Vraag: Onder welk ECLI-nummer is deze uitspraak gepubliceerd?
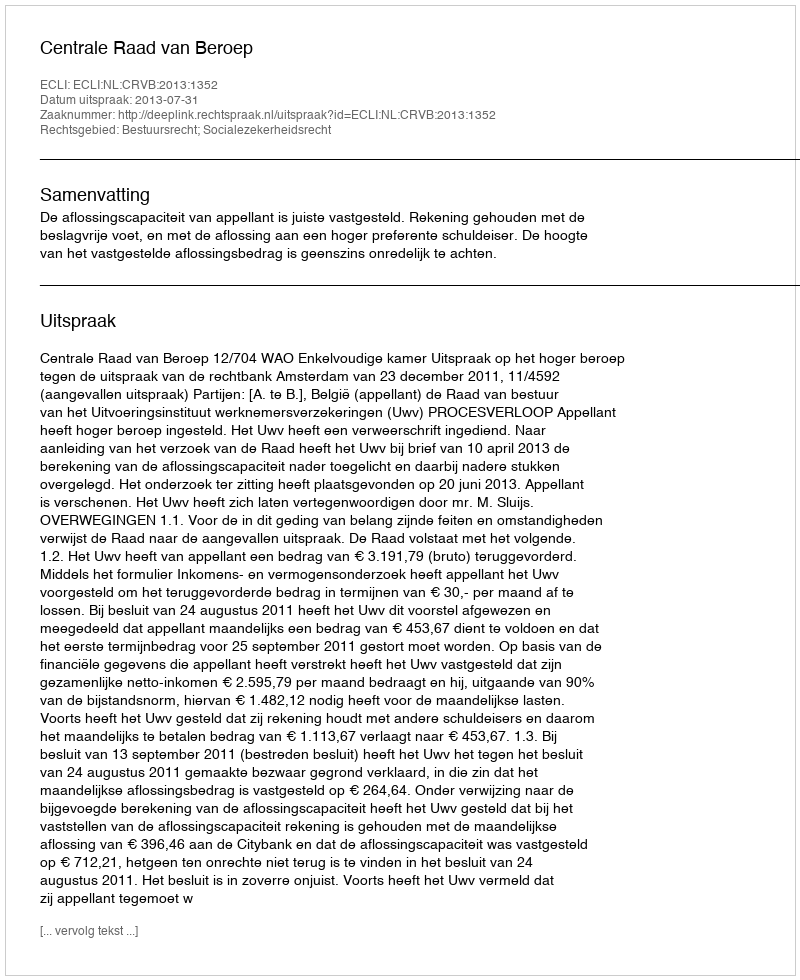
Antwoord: ECLI:NL:CRVB:2013:1352